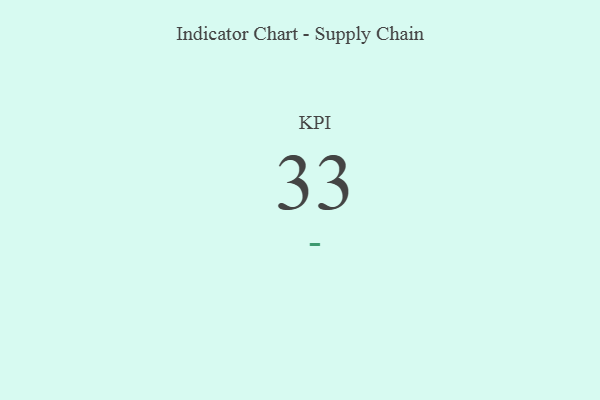
{"axis": {"x": "KPI", "y": "Value"}, "legend": [""], "data": [{"x": "KPI", "y": 33, "type": ""}]}